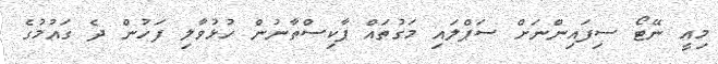
މިއީ ނޭޓޯ ސިފައިންނަށް ސަޕްލައި މަގުތައް ޕާކިސްތާނުން ހުޅުވާލި ފަހުން ދެ ގައުމުގެ